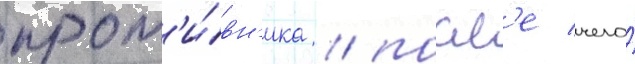
прот'и́вн'ика / посл'е чего́